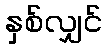
နှစ်လျှင်